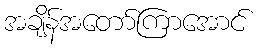
အချိန်အတော်ကြာအောင်